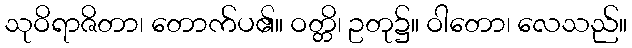
သုဝိရာဇိတာ၊ တောက်ပ၏။ ဝတ္တိ၊ ဥတု၌။ ဝါတော၊ လေသည်။